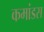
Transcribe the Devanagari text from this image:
कमांडस